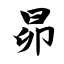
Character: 昴